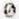
0